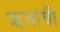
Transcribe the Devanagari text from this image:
ऋचांची